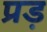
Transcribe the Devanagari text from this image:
प्रड़